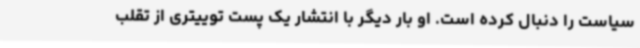
سیاست را دنبال کرده است. او بار دیگر با انتشار یک پست توییتری از تقلب